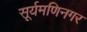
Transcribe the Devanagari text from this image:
सूर्यमणिनगर